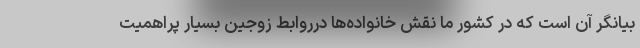
بیانگر آن است که در کشور ما نقش خانواده‌ها درروابط زوجین بسیار پراهمیت